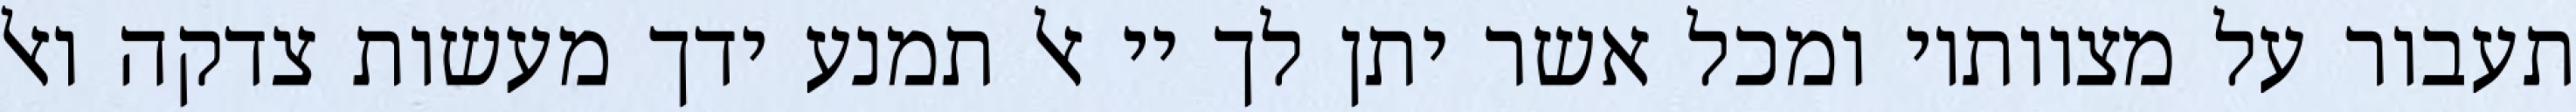
תעבור על מצוותיו ומכל אשר יתן לך יי אל תמנע ידך מעשות צדקה ואל